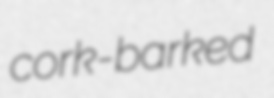
cork-barked